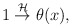
\begin{align*}1 \stackrel{{\cal H}}{\rightarrow} \theta(x),\end{align*}